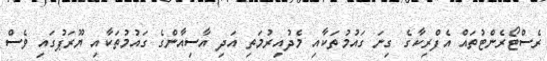
ރެސްޓޯރެންޓުތައް އެފްރިކާގެ ގިނަ ގައުމުތަކާއި މެދުއިރުމަތި އަދި އާސިއާންގެ ގައުމުތަކާއި ޔޫރަޕުގައި ވެސް